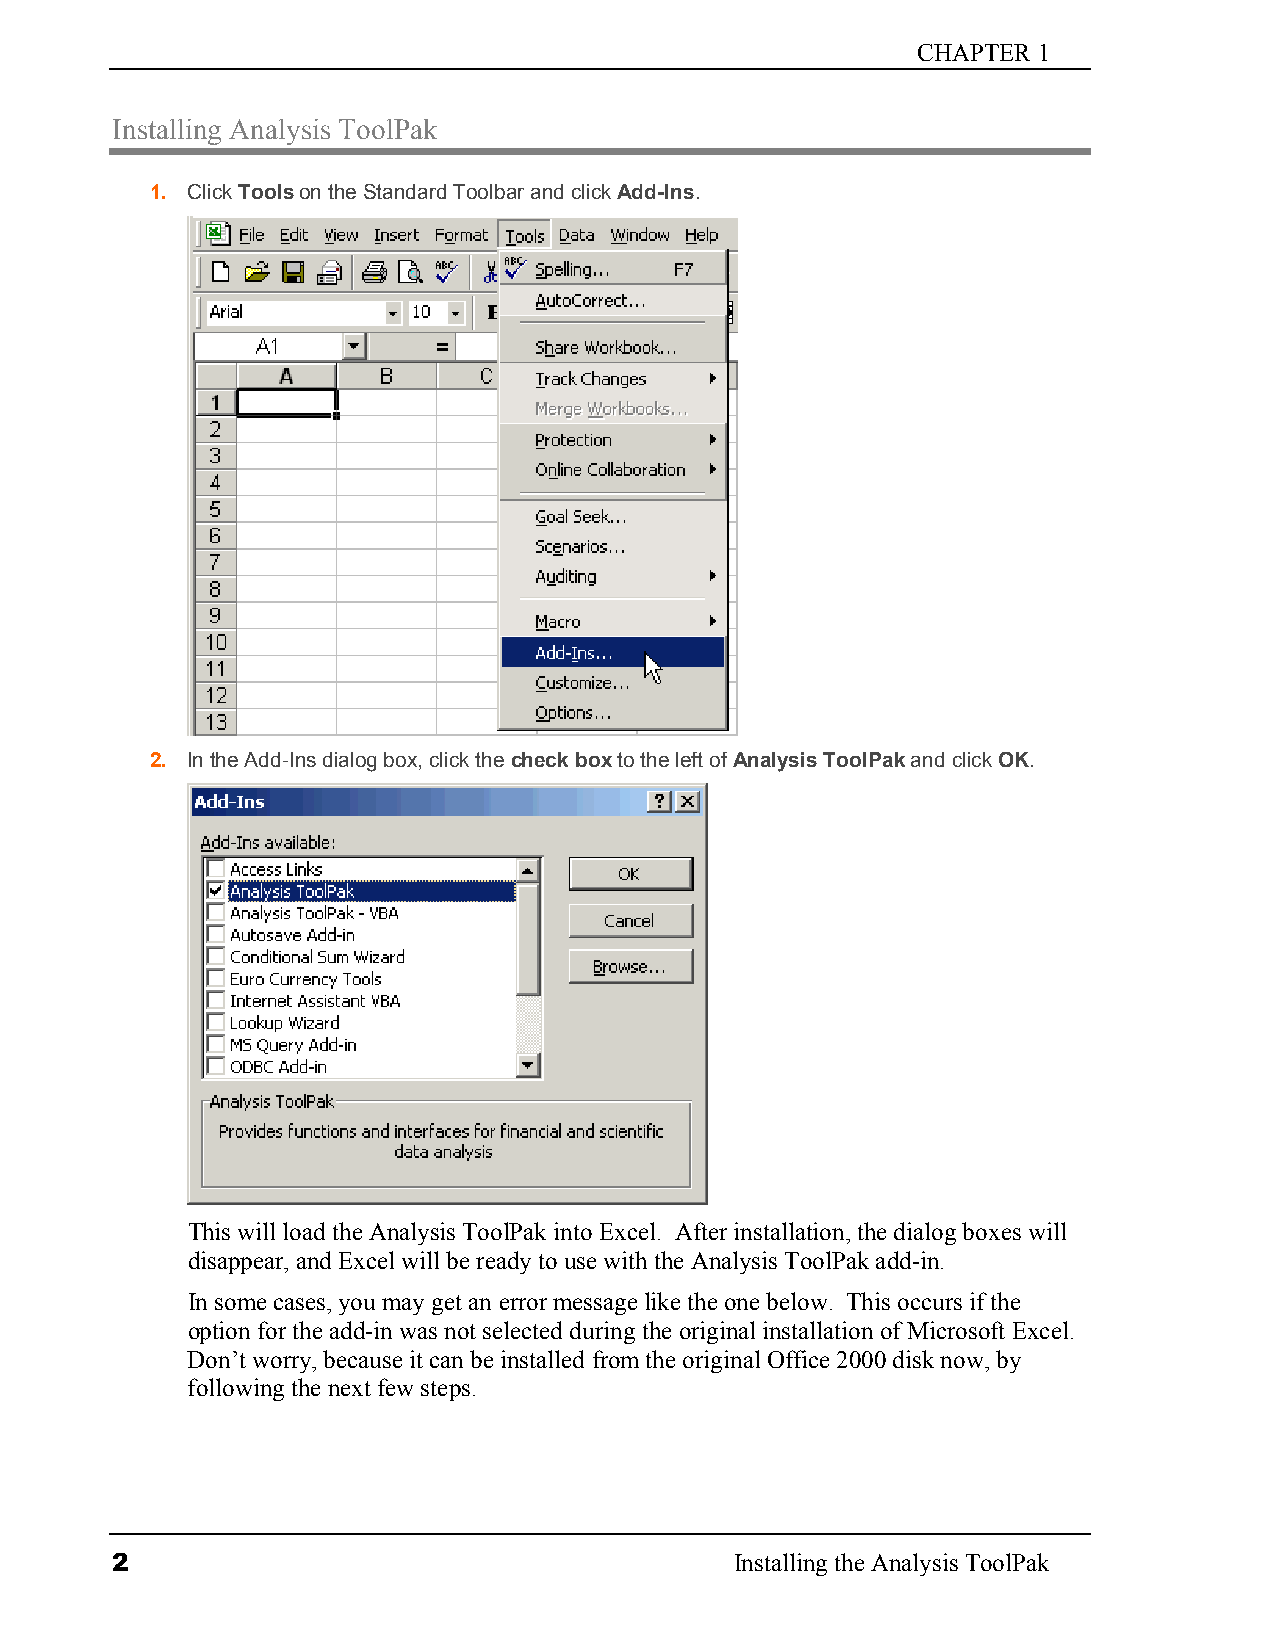
CHAPTER 1
 Installing Analysis ToolPak
 1. Click Tools on the Standard Toolbar and click Add-Ins.
 2. In the Add-Ins dialog box, click the check box to the left of Analysis ToolPak and click OK.
 This will load the Analysis ToolPak into Excel. After installation, the dialog boxes will
 disappear, and Excel will be ready to use with the Analysis ToolPak add-in.
 In some cases, you may get an error message like the one below. This occurs if the
 option for the add-in was not selected during the original installation of Microsoft Excel.
 Don’t worry, because it can be installed from the original Office 2000 disk now, by
 following the next few steps.
 2                                         Installing the Analysis ToolPak